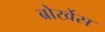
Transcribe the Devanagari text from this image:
ब्रोर्खेस